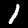
Digit: 1